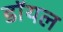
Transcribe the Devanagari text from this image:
डाॅयल